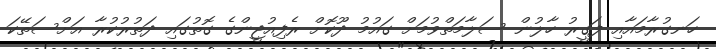
ހަނގުރާމައާއި ފަގީރު ހާލުން ސަލާމަތްވުމަށް ގައުމު ދޫކޮށް ރެފިއުޖީންގެ ގޮތުގައި ދަތުރުކުރާ އަށްސަތޭކަ